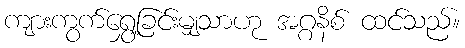
ကျားကွက်ရွှေ့ခြင်းမျှသာဟု အဂ္ဂနိစ် ထင်သည်။